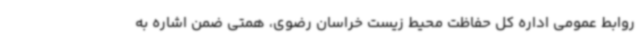
روابط عمومی اداره کل حفاظت محیط زیست خراسان رضوی، همتی ضمن اشاره به